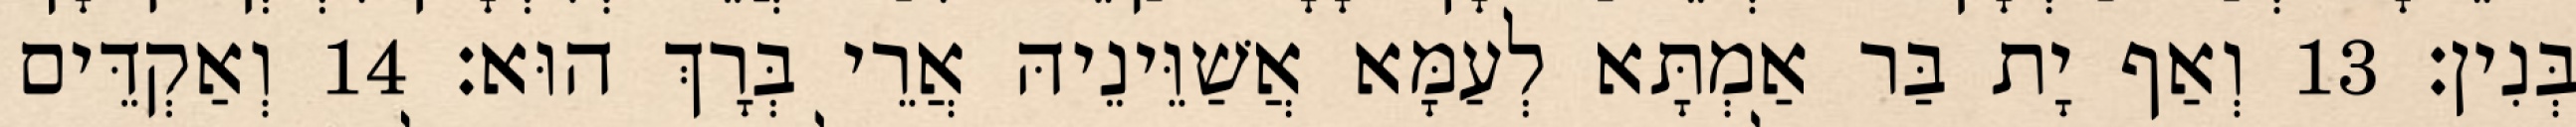
בְּנִין׃ 13 וְאַף יָת בַּר אַמְתָּא לְעַמָּא אֲשַׁוֵּינֵיהּ אֲרֵי בְּרָךְ הוּא׃ 14 וְאַקְדֵּים